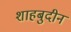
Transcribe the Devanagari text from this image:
शाहबुदीन